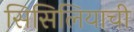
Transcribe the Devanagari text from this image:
सिसिलियाची